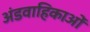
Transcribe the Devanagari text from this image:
अंडवाहिकाओं